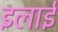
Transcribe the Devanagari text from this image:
इलाई